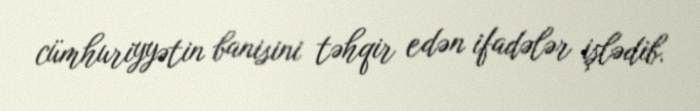
cümhuriyyətin banisini təhqir edən ifadələr işlədib.